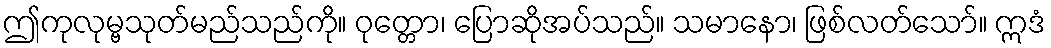
ဤကုလုမ္ဗသုတ်မည်သည်ကို။ ဝုတ္တော၊ ပြောဆိုအပ်သည်။ သမာနော၊ ဖြစ်လတ်သော်။ ဣဒံ